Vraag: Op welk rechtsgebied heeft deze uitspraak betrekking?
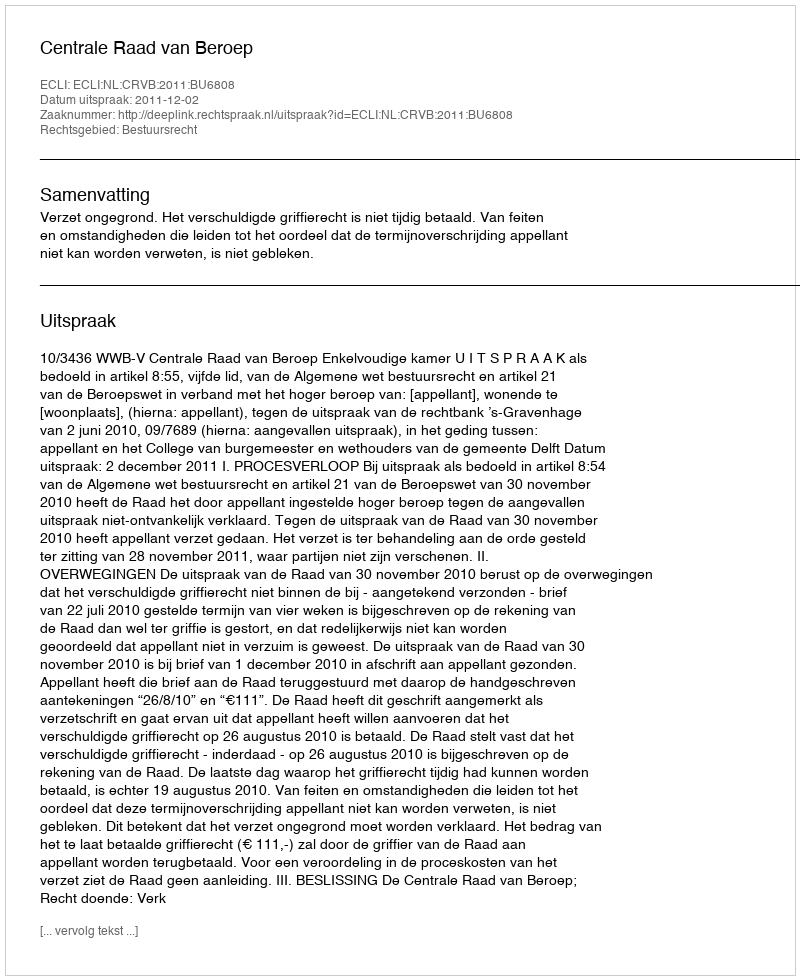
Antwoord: Bestuursrecht